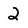
Character: 2